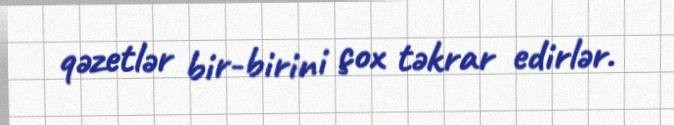
qəzetlər bir-birini çox təkrar edirlər.